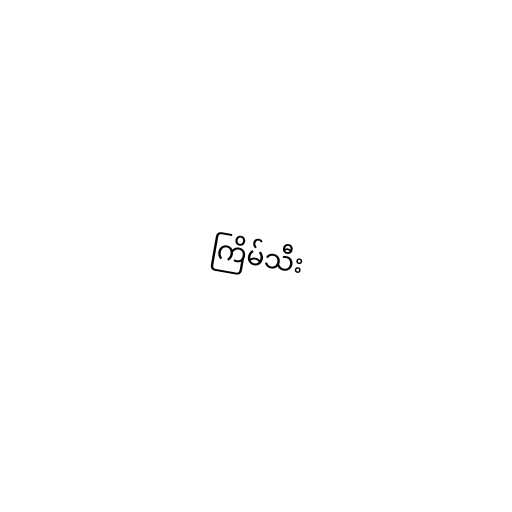
ကြိမ်သီး